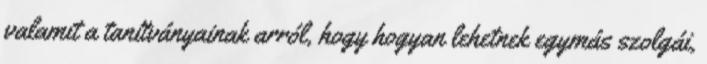
valamit a tanítványainak arról, hogy hogyan lehetnek egymás szolgái,